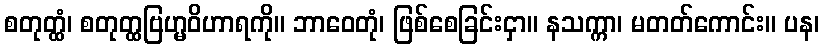
စတုတ္ထံ၊ စတုတ္ထဗြဟ္မဝိဟာရကို။ ဘာဝေတုံ၊ ဖြစ်စေခြင်းငှာ။ နသက္ကာ၊ မတတ်ကောင်း။ ပန၊